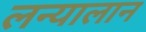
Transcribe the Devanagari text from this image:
लन्यालान